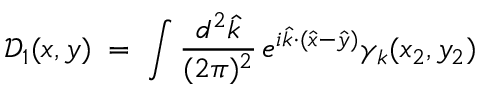
{ \mathcal D } _ { 1 } ( x , y ) \; = \; \int \frac { d ^ { 2 } { \hat { k } } } { ( 2 \pi ) ^ { 2 } } \, e ^ { i { \hat { k } } \cdot ( { \hat { x } } - { \hat { y } } ) } \gamma _ { k } ( x _ { 2 } , y _ { 2 } )